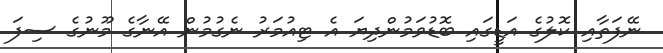
ނޭފަތާއި ކޮލުގެ އަޑީގައި ބޮޑުވަމުންދިޔަ އެ ޓިއުމަރު ނެގުމުން އޭނާގެ މޫނުގެ ސިފަ